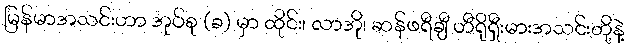
မြန်မာအသင်းဟာ အုပ်စု (ခ) မှာ ထိုင်း၊ လာအို၊ ဆန်ဖရီချီ ဟီရိုရှီးမားအသင်းတို့နဲ့